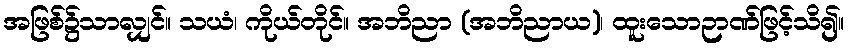
အဖြစ်၌သာလျှင်။ သယံ၊ ကိုယ်တိုင်။ အဘိညာ (အဘိညာယ)၊ ထူးသောဉာဏ်ဖြင့်သိ၍။